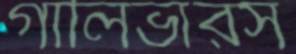
গালিভারস